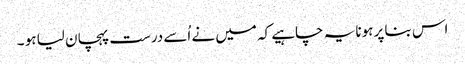
اس بنا پر ہونا یہ چاہیے کہ میں نے اُسے درست پہچان لیا ہو ۔